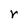
Character: r